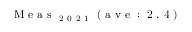
\mathrm { ~ M ~ e ~ a ~ s ~ } _ { \mathrm { ~ 2 ~ 0 ~ 2 ~ 1 ~ } } \mathrm { ~ ( ~ a ~ v ~ e ~ : ~ 2 ~ . ~ 4 ~ ) ~ }